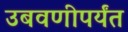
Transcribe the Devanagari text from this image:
उबवणीपर्यंत